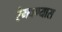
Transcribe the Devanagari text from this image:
रंगवण्यास